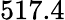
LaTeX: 517.4